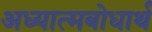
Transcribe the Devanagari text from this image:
अध्यात्मबोधार्थ